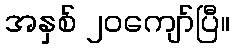
အနှစ် ၂၀ကျော်ပြီ။